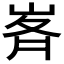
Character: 𭖥